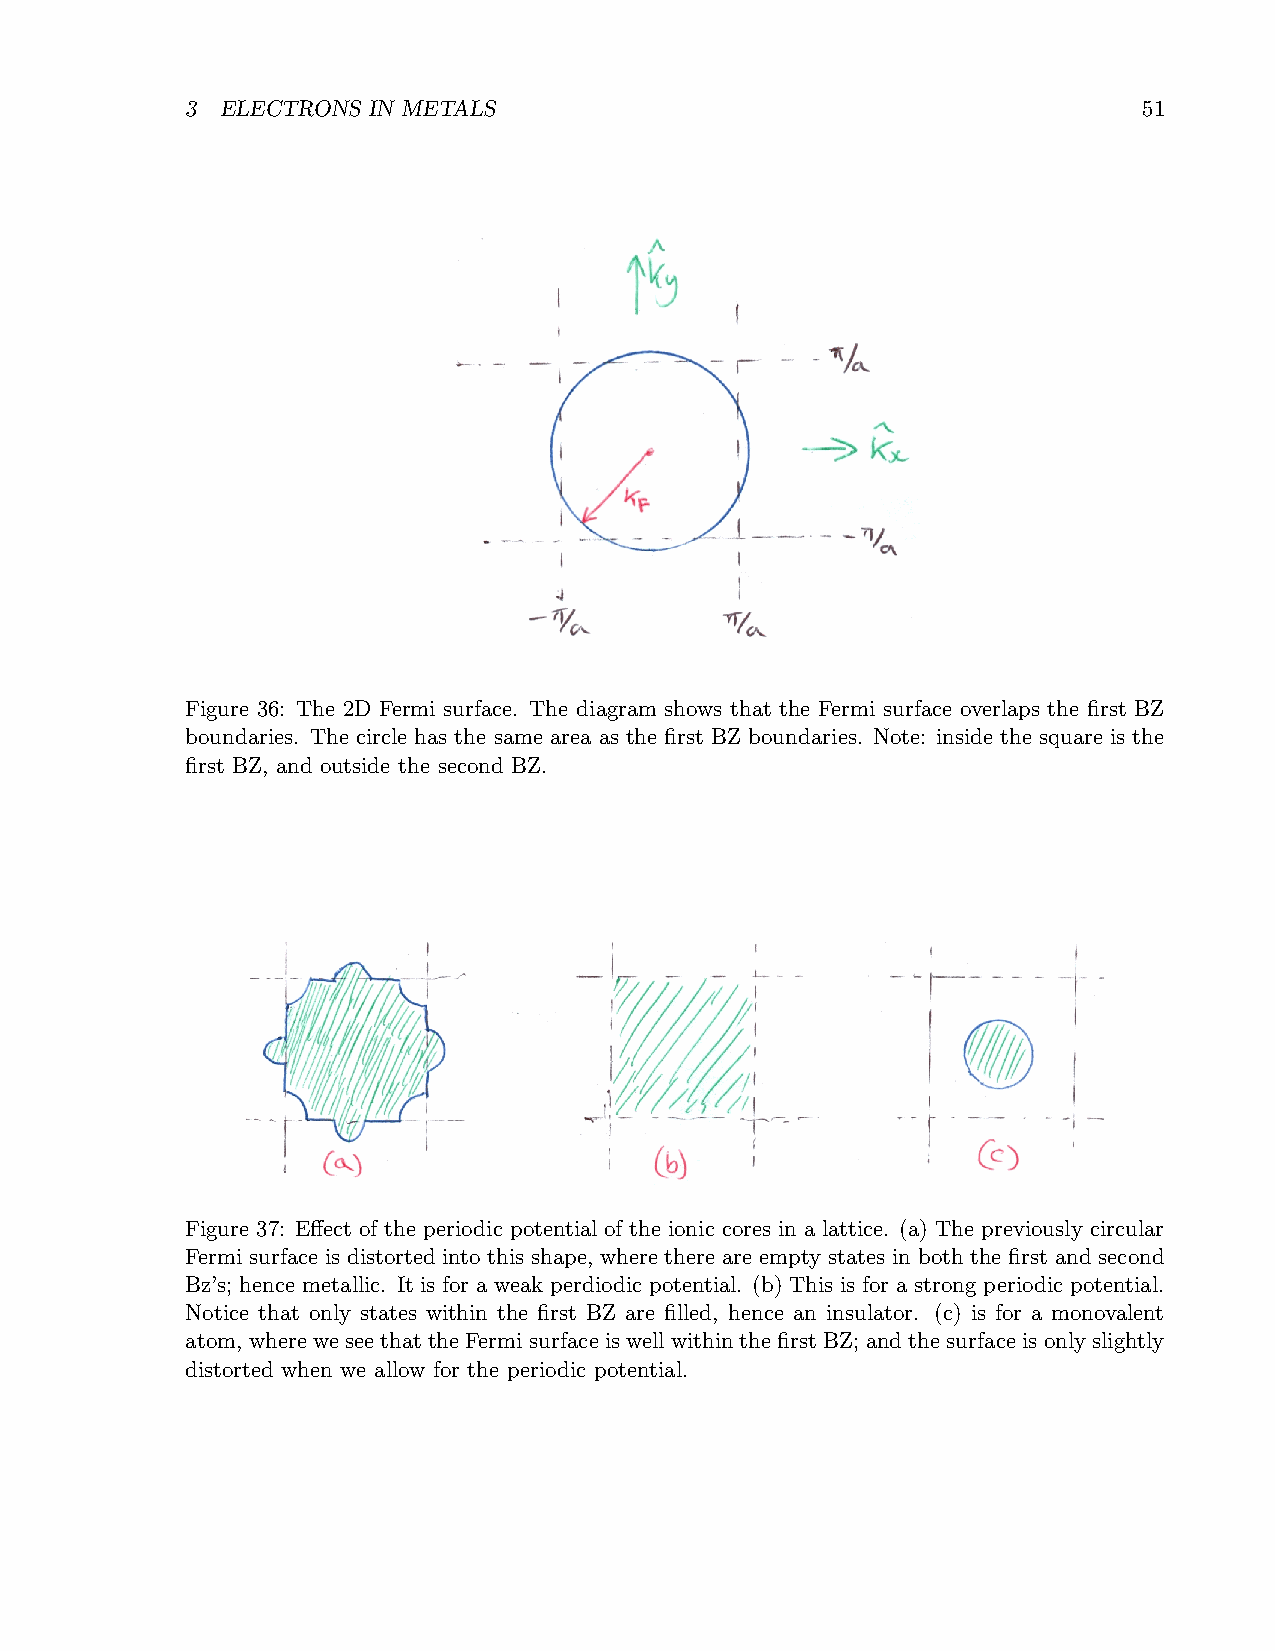
3  ELECTRONS IN METALS                                          51
 Figure 36: The 2D Fermi surface. The diagram shows that the Fermi surface overlaps the first BZ
 boundaries. The circle has the same area as the first BZ boundaries. Note: inside the square is the
 first BZ, and outside the second BZ.
 Figure 37: Effect of the periodic potential of the ionic cores in a lattice. (a) The previously circular
 Fermi surface is distorted into this shape, where there are empty states in both the first and second
 Bz’s; hence metallic. It is for a weak perdiodic potential. (b) This is for a strong periodic potential.
 Notice that only states within the first BZ are filled, hence an insulator. (c) is for a monovalent
 atom, where we see that the Fermi surface is well within the first BZ; and the surface is only slightly
 distorted when we allow for the periodic potential.